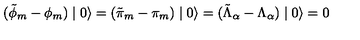
( \tilde { \phi } _ { m } - \phi _ { m } ) \mid 0 \rangle = ( \tilde { \pi } _ { m } - \pi _ { m } ) \mid 0 \rangle = ( \tilde { \Lambda } _ { \alpha } - \Lambda _ { \alpha } ) \mid 0 \rangle = 0